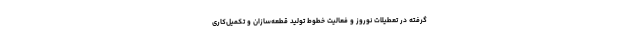
گرفته در تعطیلات نوروز و فعالیت خطوط تولید قطعه‌سازان و تکمیل‌کاری